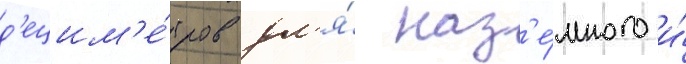
д'ецим'е́тров дл'я́ наз'е́много и́